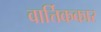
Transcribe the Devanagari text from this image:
वार्त्तिककार